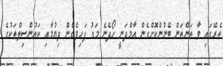
ތެރޭގައި ވާ ތަންތަން ބޭނުންކޮށްގެން އާމްދަނީ ހޯދޭނެ މަގު ފަހިވެގެން ދިޔުމާއި ކައުންސިލްތަކުގެ